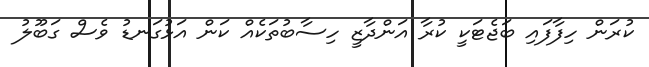
ކުރަން ހިފާފައި ބަޖެޓަކީ ކުރާ އަންދާޒީ ހިސާބުތަކެއް ކަން އަޅުގަނޑު ވެސް ގަބޫލު